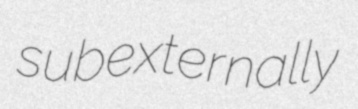
subexternally